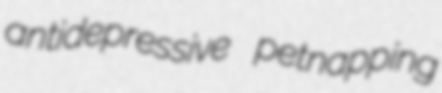
antidepressive petnapping